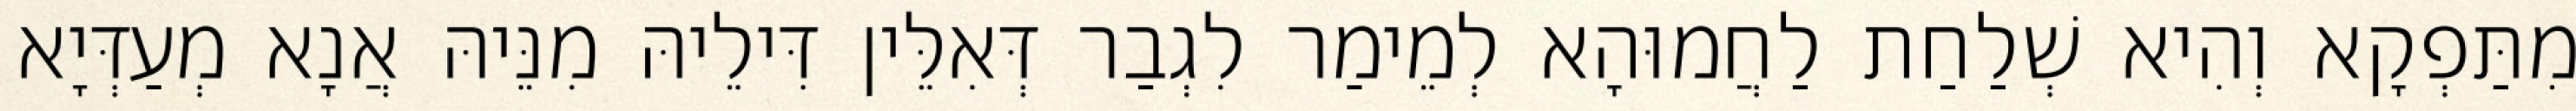
מִתַּפְקָא וְהִיא שְׁלַחַת לַחֲמוּהָא לְמֵימַר לִגְבַר דְּאִלֵּין דִּילֵיהּ מִנֵּיהּ אֲנָא מְעַדְּיָא